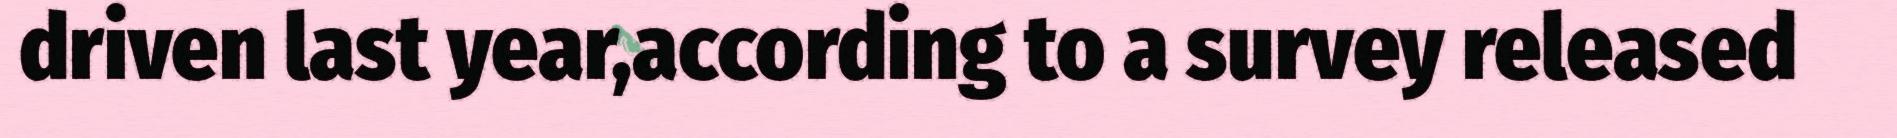
driven last year,according to a survey released